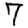
Digit: 7